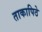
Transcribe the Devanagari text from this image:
ताकापिठे